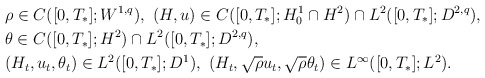
\begin{align*}&\rho\in C([0,T_*];W^{1,q}),\ (H,u)\in C([0,T_*];H^1_0\cap H^2)\cap L^2([0,T_*];D^{2,q}),\\&\theta \in C([0,T_*]; H^2)\cap L^2([0,T_*];D^{2,q}),\\&(H_t, u_t,\theta_t)\in L^2([0,T_*];D^1),\ (H_t,\sqrt{\rho}u_t, \sqrt{\rho}\theta_t)\in L^\infty([0,T_*];L^2).\end{align*}